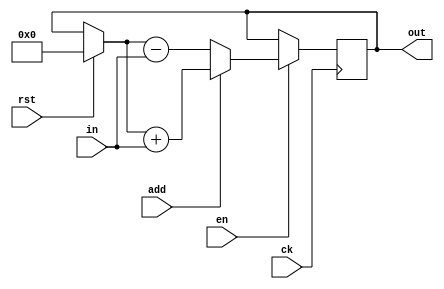
module accumulator(
    input wire ck,
    input wire en,
    input wire rst,
    input wire add,
    input wire [31:0] in,
    output reg signed [(OUT_W-1):0] out
);

    parameter OUT_W = 40;

    initial out = 0;

    // normalise the input as a 40-bit signed +ve number
    wire [(OUT_W-33):0] zeros;
    wire signed [(OUT_W-1):0] to_add;
    assign zeros = 0;
    assign to_add = { zeros, in };

    wire [(OUT_W-1):0] prev;

    assign prev = rst ? 0 : out;

    always @(posedge ck) begin
        if (en) begin
            if (add)
                out <= prev + to_add;
            else
                out <= prev - to_add;
        end
    end

endmodule